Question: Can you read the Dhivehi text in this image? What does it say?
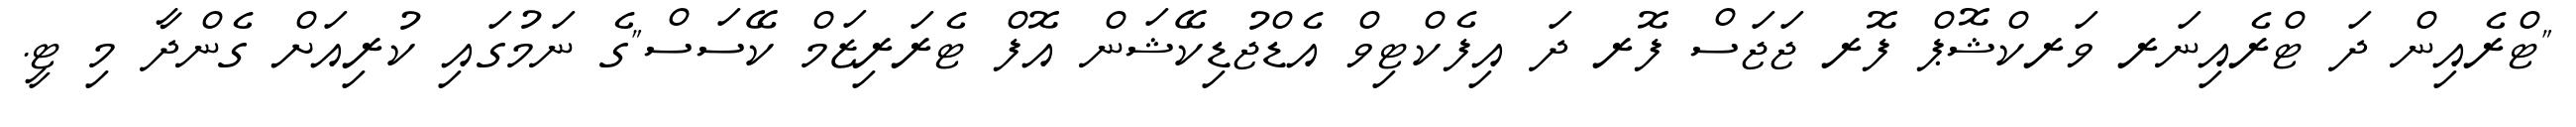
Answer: "ޓްރެއިން ދަ ޓްރެއިނަރ ވަރކްޝޮޕް ފޮރ ޖަޖަސް ފޮރ ދަ އިފެކްޓިވް އެޑްޖުޑިކޭޝަން އޮފް ޓެރަރިޒަމް ކޭސަސް"ގެ ނަމުގައި ކުރިއަށް ގެންދާ މި ޓީ.